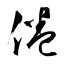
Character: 倦